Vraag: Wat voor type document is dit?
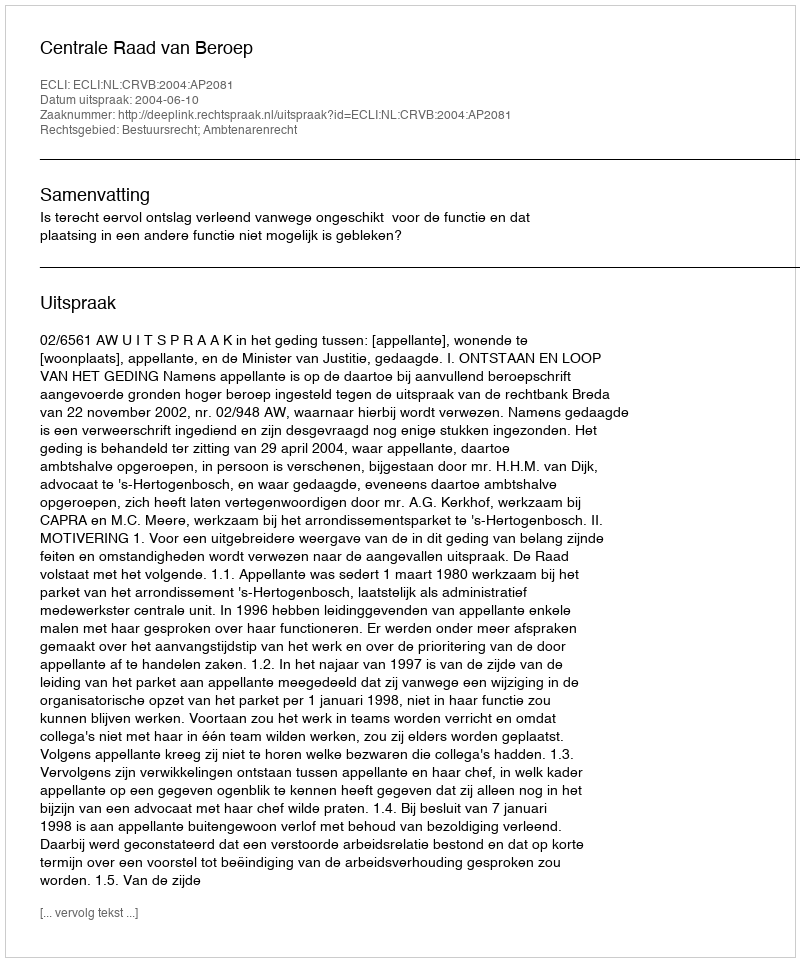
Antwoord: Uitspraak